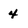
Character: 4